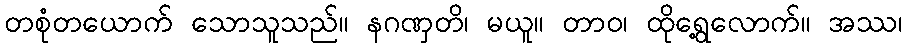
တစုံတယောက် သောသူသည်။ နဂဏှတိ၊ မယူ။ တာဝ၊ ထိုရွေ့လောက်။ အဿ၊